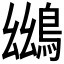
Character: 𪀨